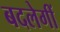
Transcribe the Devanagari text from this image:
बदलेगीं